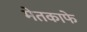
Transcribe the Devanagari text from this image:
मेतकाफे